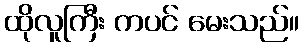
ထိုလူကြီး ကပင် မေးသည်။